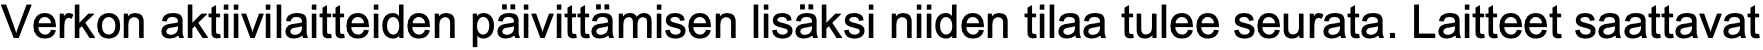
Verkon aktiivilaitteiden päivittämisen lisäksi niiden tilaa tulee seurata. Laitteet saattavat